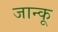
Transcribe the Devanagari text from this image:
जान्कू